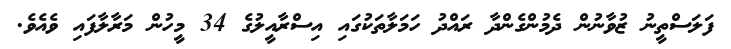
ފަލަސްތީނު ޒުވާނުން ދެމުންގެންދާ ރައްދު ހަމަލާތަކުގައި އިސްރާއީލުގެ 34 މީހުން މަރާލާފައި ވެއެވެ.